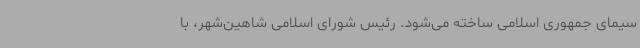
سیمای جمهوری اسلامی ساخته می‌شود. رئیس شورای اسلامی شاهین‌شهر، با